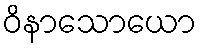
ဝိနာသောယော